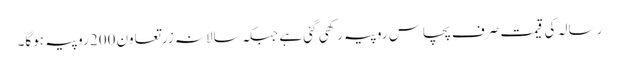
رسالہ کی قیمت صرف پچاس روپیہ رکھی گئی ہے جبکہ سالانہ زرتعاون 200 روپیہ ہوگا۔